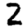
Digit: 2